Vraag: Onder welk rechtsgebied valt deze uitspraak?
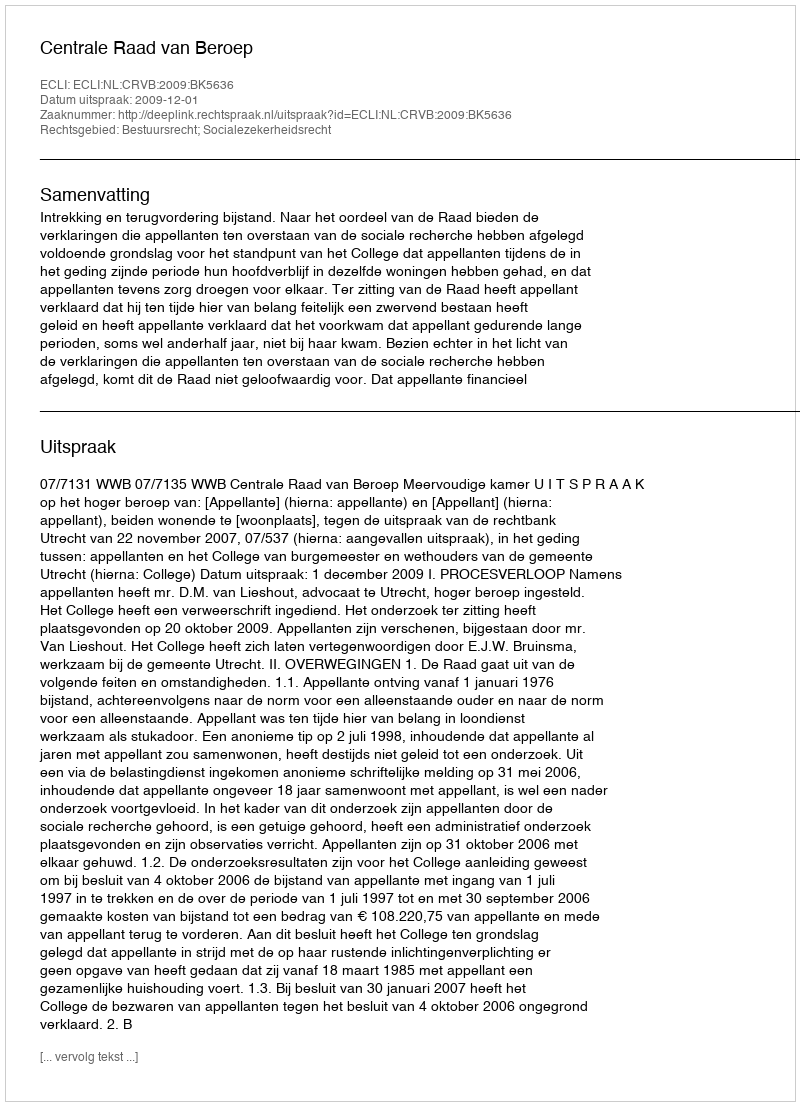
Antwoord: Bestuursrecht; Socialezekerheidsrecht